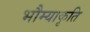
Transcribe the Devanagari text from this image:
भौम्याकृति